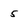
Character: 5